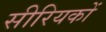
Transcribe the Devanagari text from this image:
सीरियकों